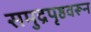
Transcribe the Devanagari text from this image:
समुद्रपृष्ठवरून